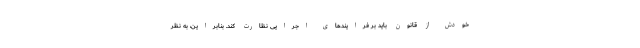
خودش از قانون باید بر فرایندهای اجرایی نظارت کند. بنابراین، به نظر